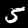
Digit: 5